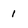
Character: 1